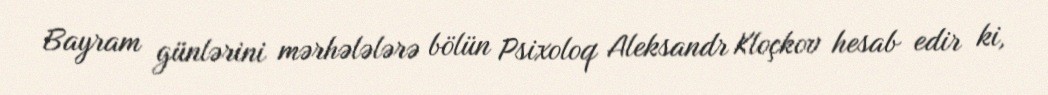
Bayram günlərini mərhələlərə bölün Psixoloq Aleksandr Kloçkov hesab edir ki,